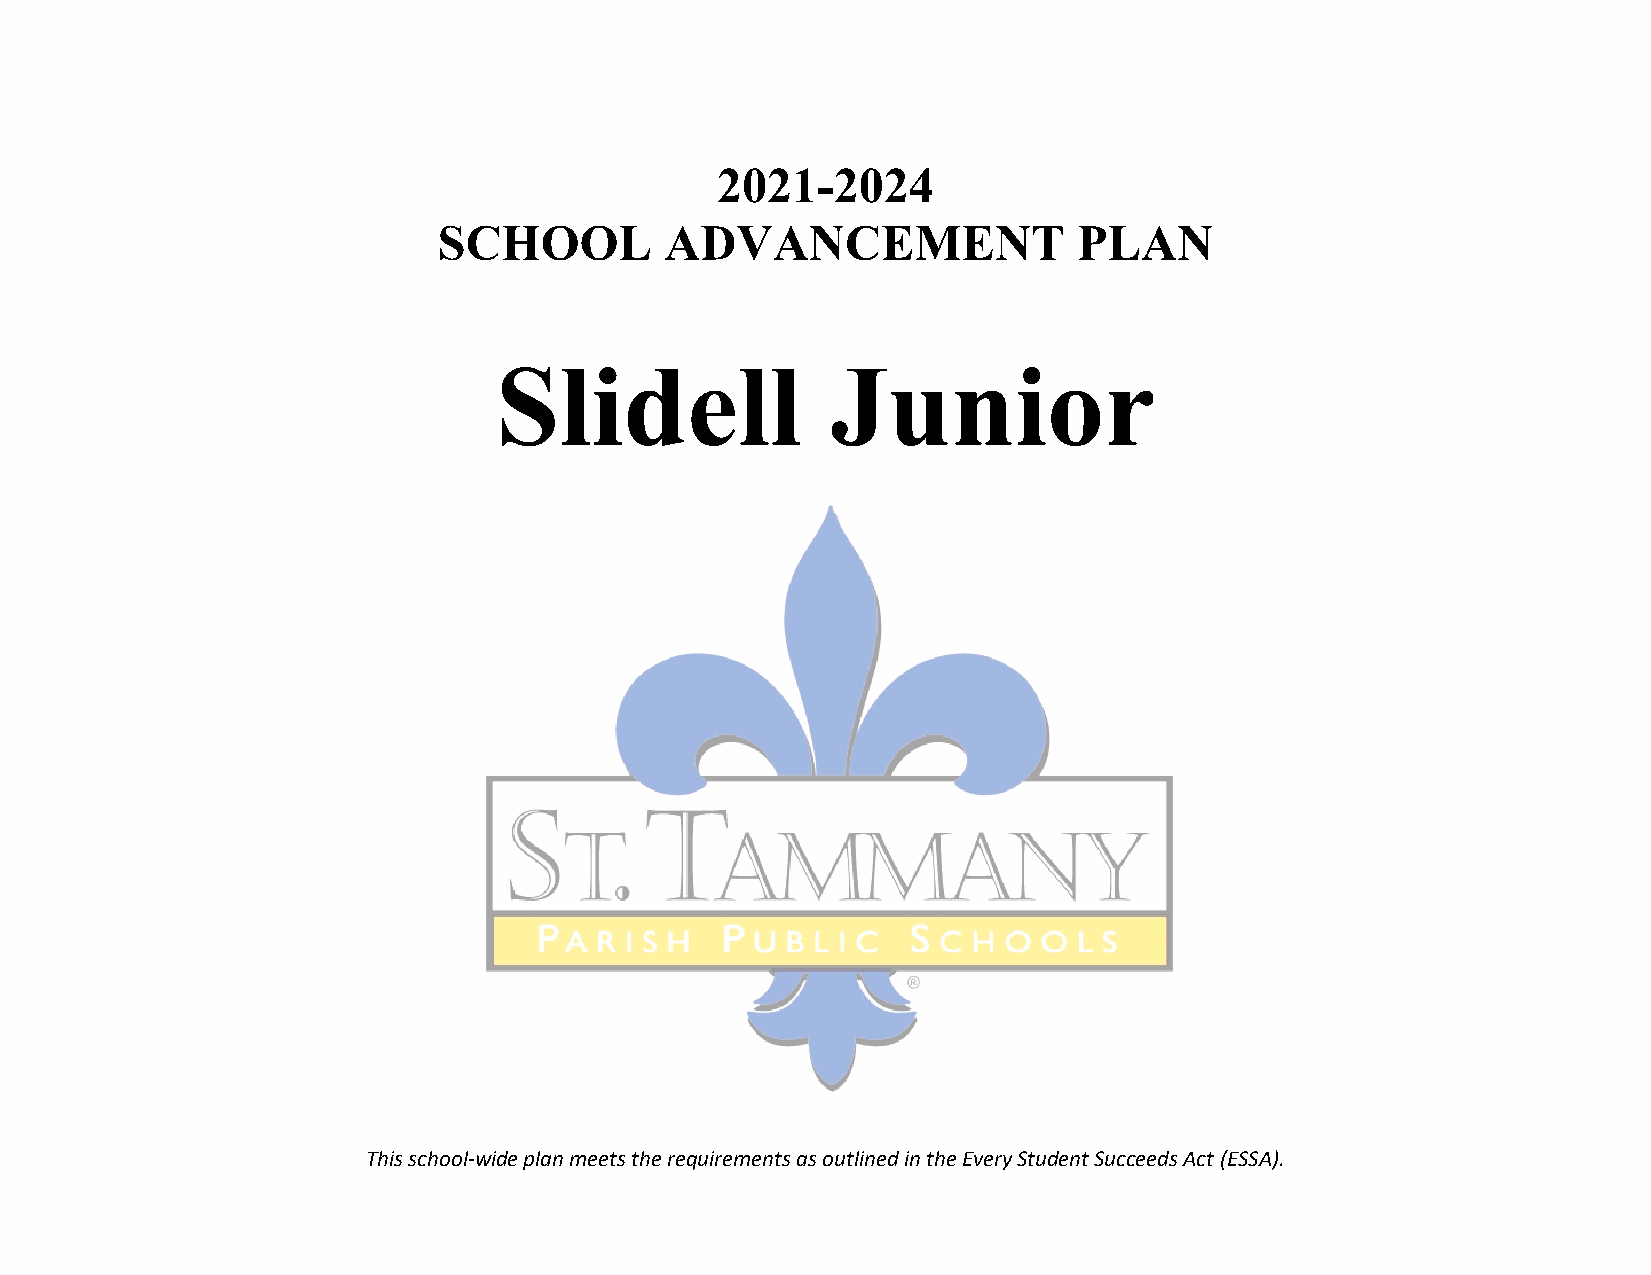
2021-2024
 SCHOOL         ADVANCEMENT                PLAN
 Slidell               Junior
 This school-wide plan meets the requirements as outlined in the Every Student Succeeds Act (ESSA).